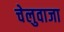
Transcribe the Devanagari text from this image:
चेलुवाजा